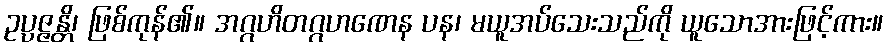
ဥပ္ပဇ္ဇန္တိ၊ ဖြစ်ကုန်၏။ အဂ္ဂဟိတဂ္ဂဟဏေန ပန၊ မယူအပ်သေးသည်ကို ယူသောအားဖြင့်ကား။